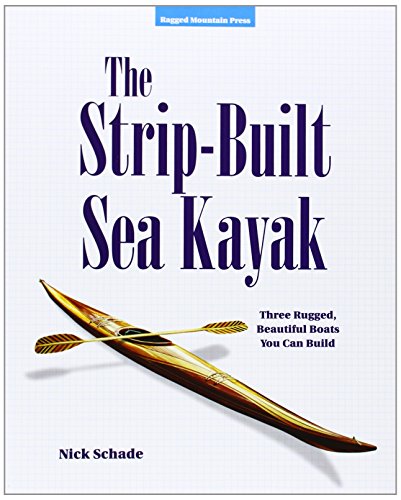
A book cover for The Strip-Built Sea Kayak: Three Rugged, Beautiful Boats You Can Build; Nick Schade; Engineering & Transportation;